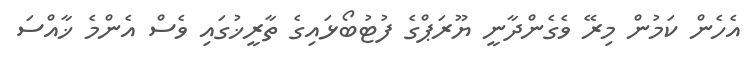
އެހެން ކަމުން މިރޭ ވެގެންދާނީ ޔޫރަޕްގެ ފުޓުބޯޅައިގެ ތާރީޚުގައި ވެސް އެންމެ ޚާއްސަ